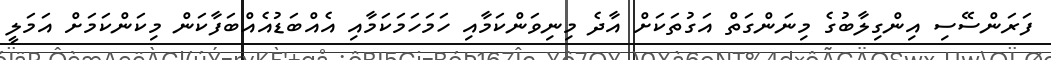
ފަރަންސޭސި އިންގިލާބުގެ މިނަންގަތް އަގުތަކަށް އާދެ މިނިވަންކަމާއި ހަމަހަމަކަމާއި އެއްބަޑުއެއްބަފާކަން މިކަންކަމަށް އަމަލީ